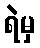
ရဲမှ